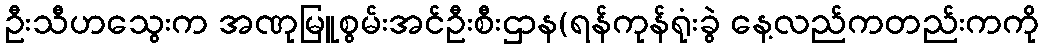
ဦးသီဟသွေးက အဏုမြူစွမ်းအင်ဦးစီးဌာန(ရန်ကုန်ရုံးခွဲ နေ့လည်ကတည်းကကို